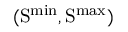
\mathrm { ( S ^ { m i n } , S ^ { m a x } ) }